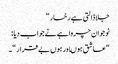
جلاڈالتی ہے رخسار “
نوجوان چرواہے نے جواب دیا :
“عاشق ہوںاور ہوں بے قرار “۔